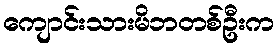
ကျောင်းသားမိဘတစ်ဦးက